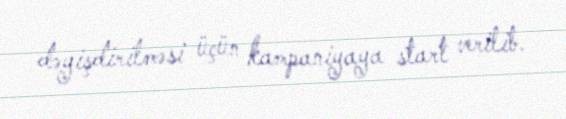
dəyişdirilməsi üçün kampaniyaya start verilib.